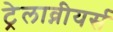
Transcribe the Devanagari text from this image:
ट्रेलाव्नीयर्स